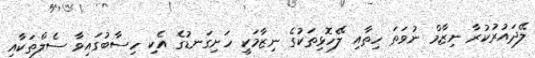
ލޭދައުރުކުރާ ނިޒާމް ނުވަތަ ހިތާއި ލޭހޮޅިތަކުގެ ނިޒާމަކީ ހަށިގަނޑުގެ އެކި ހިސާބުގައިވާ ސެލްތަކާއި